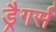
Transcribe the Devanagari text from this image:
ड्रैगर्स